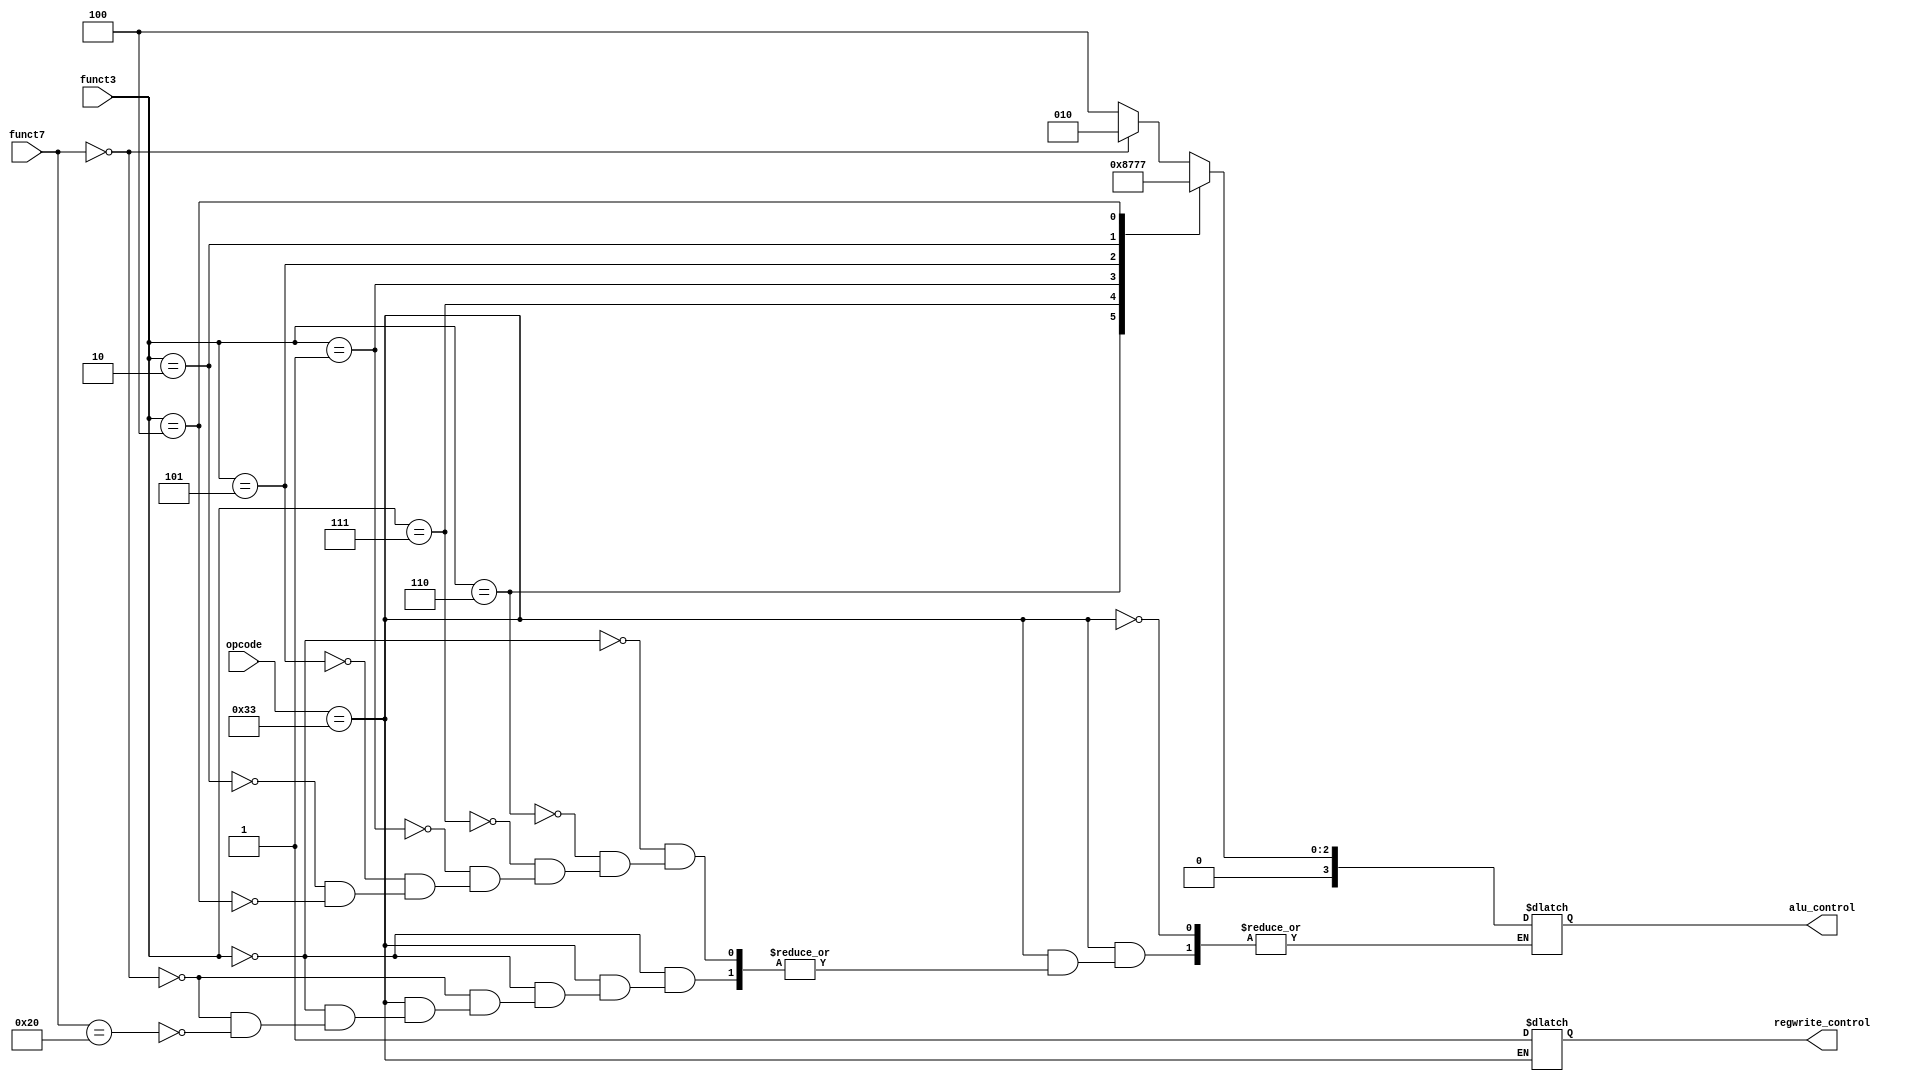
module CONTROL(
    input [6:0] funct7,
    input [2:0] funct3,
    input [6:0] opcode,
    output reg [3:0] alu_control,
    output reg regwrite_control
);
    always @(funct3 or funct7 or opcode)
    begin
        if (opcode == 7'b0110011) begin // R-type instructions

            regwrite_control = 1;

            case (funct3)
                0: begin
                    if(funct7 == 0)
                    alu_control = 4'b0010; // ADD
                    else if(funct7 == 32)
                    alu_control = 4'b0100; // SUB
                end
                6: alu_control = 4'b0001; // OR
                7: alu_control = 4'b0000; // AND
                1: alu_control = 4'b0011; // SLL
                5: alu_control = 4'b0101; // SRL
				2: alu_control = 4'b0110; // MUL
				4: alu_control = 4'b0111; // XOR
            endcase

      end

    end

endmodule